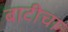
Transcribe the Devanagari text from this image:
बाटीचा